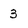
Character: 3